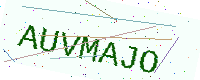
Text: AUVMAJO